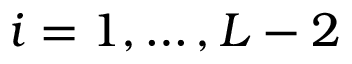
i = 1 , \ldots , L - 2